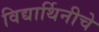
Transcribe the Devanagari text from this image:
विद्यार्थिनीचे